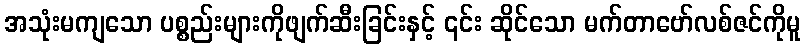
အသုံးမကျသော ပစ္စည်းများကိုဖျက်ဆီးခြင်းနှင့် ၎င်း ဆိုင်သော မက်တာဗော်လစ်ဇင်ကိုမူ